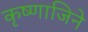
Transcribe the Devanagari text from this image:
कृष्णाजिने